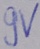
Text: 9V